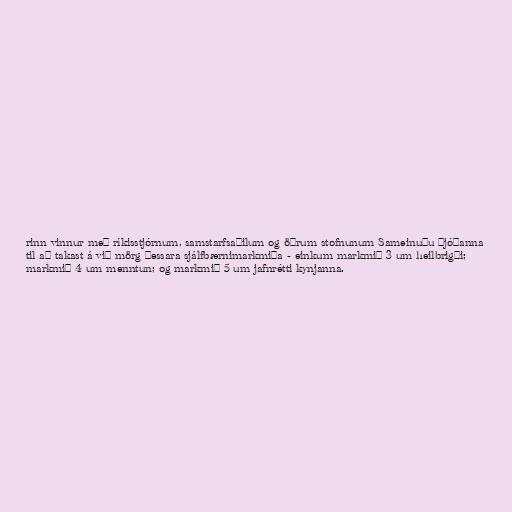
rinn vinnur með ríkisstjórnum, samstarfsaðilum og öðrum stofnunum Sameinuðu þjóðanna
til að takast á við mörg þessara sjálfbærnimarkmiða - einkum markmið 3 um heilbrigði;
markmið 4 um menntun; og markmið 5 um jafnrétti kynjanna.